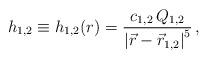
LaTeX: \begin{align*}{h_{1,2}} \equiv {h_{1,2}}(r) = {{c_{1,2} \, Q_{1,2}}\over{\left| \vec{r} - \vec{r}_{1,2} \right|^5}} \, ,\end{align*}